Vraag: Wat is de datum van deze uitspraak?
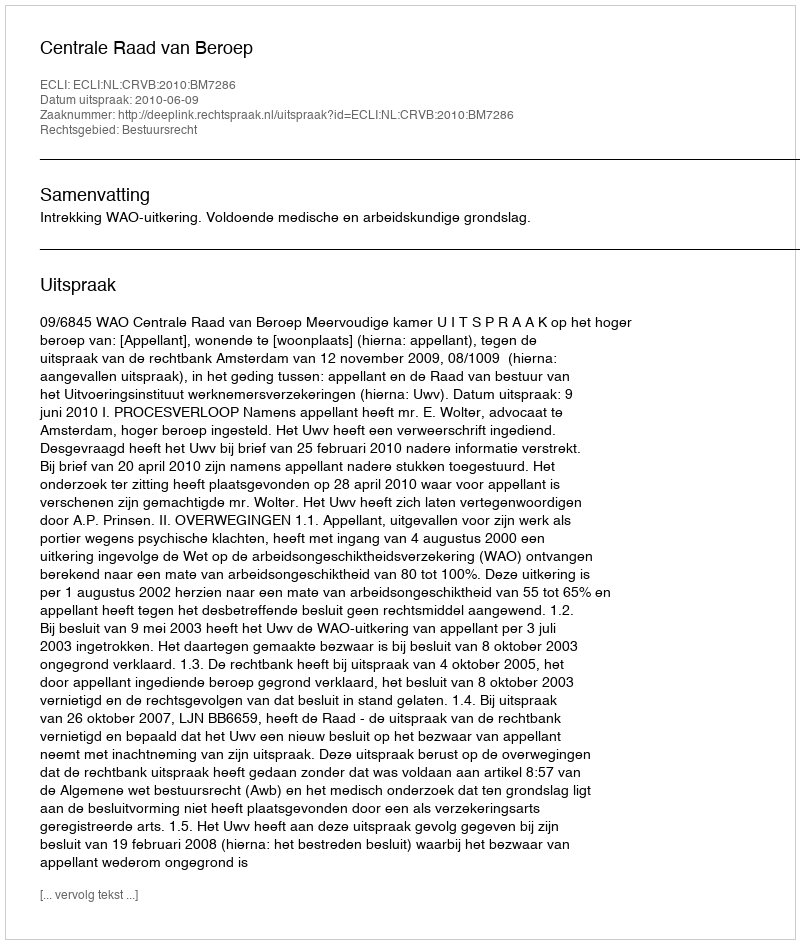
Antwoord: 2010-06-09